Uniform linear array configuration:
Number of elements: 12
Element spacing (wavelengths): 0.75
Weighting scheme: kaiser
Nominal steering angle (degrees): -60
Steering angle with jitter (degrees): -59.312
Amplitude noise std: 0.05
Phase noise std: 0.05

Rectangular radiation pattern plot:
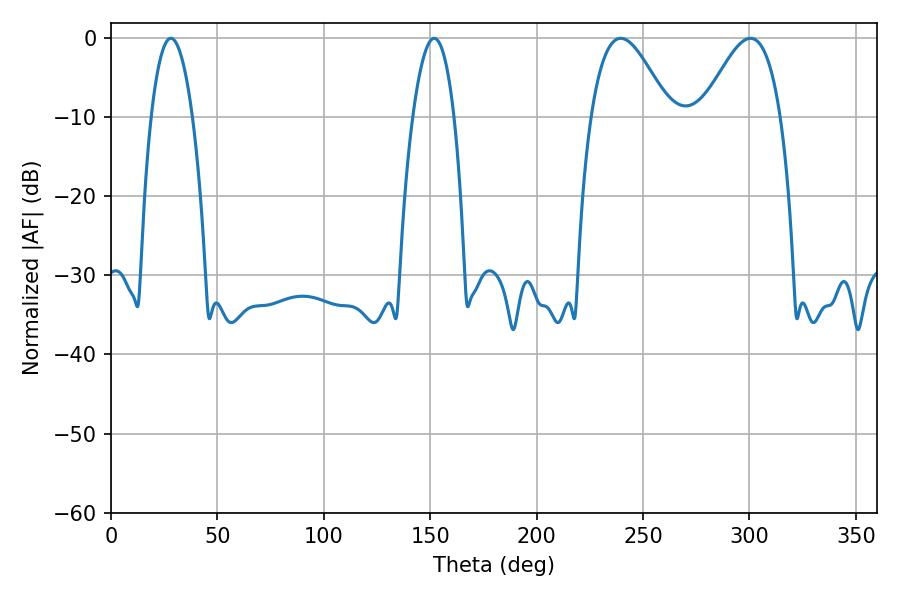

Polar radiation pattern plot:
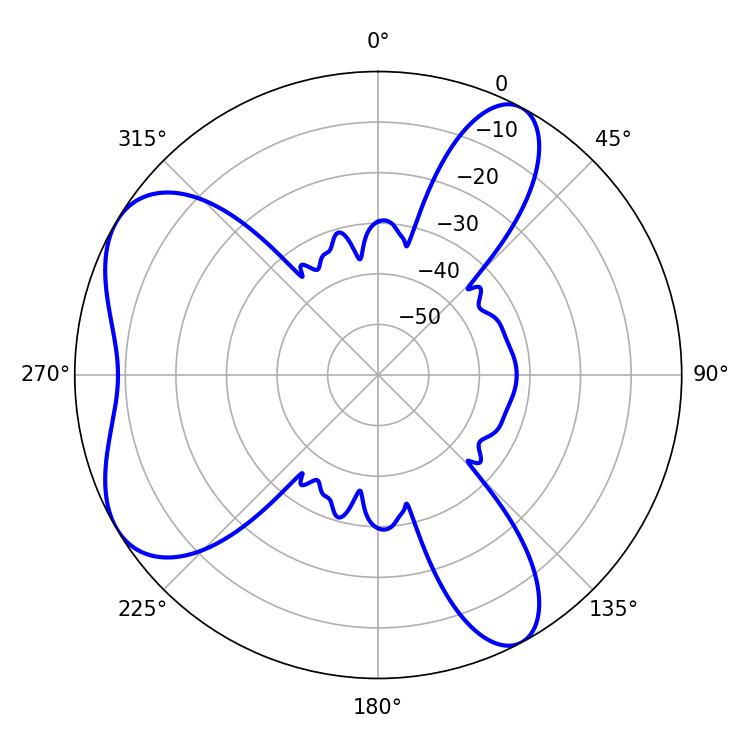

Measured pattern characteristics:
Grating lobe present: TRUE
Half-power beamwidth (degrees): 19.8
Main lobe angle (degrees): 239.58